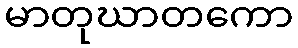
မာတုဃာတကော